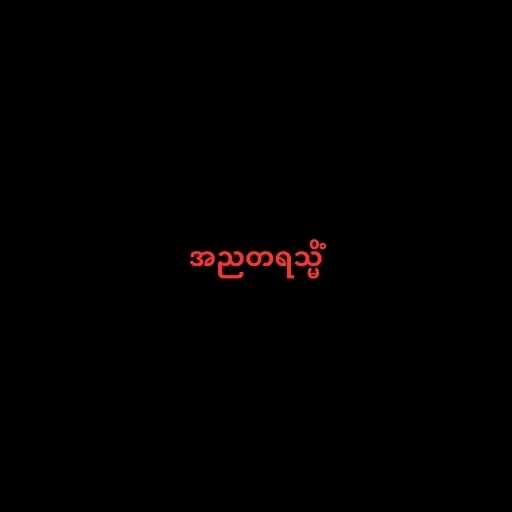
အညတရသ္မိံ